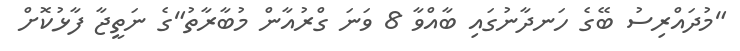
"މުދައްރިސު ބޭގެ ހަނދާނުގައި ބާއްވާ 8 ވަނަ ގްރުއާން މުބާރާތު"ގެ ނަތީޖާ ފާޅުކޮށް